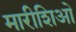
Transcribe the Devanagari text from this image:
मारीशिओ